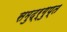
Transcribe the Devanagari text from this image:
समुद्र्गुप्त